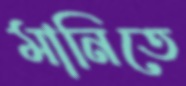
মানিতে